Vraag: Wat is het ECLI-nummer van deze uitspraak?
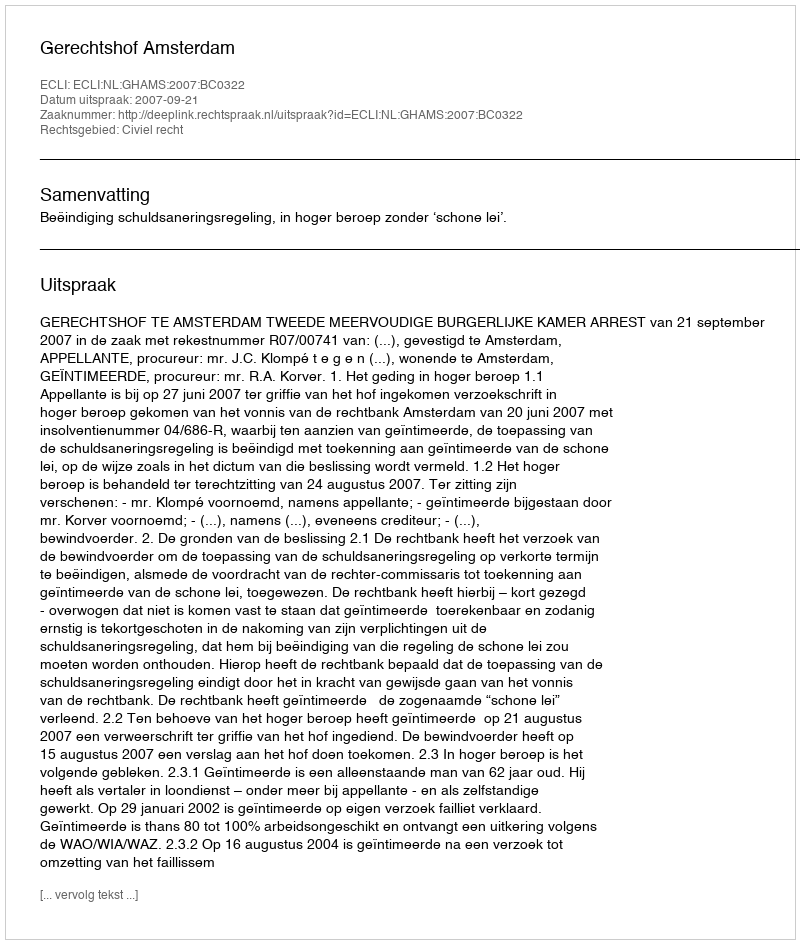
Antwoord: ECLI:NL:GHAMS:2007:BC0322